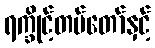
ရက္ခိုင့်တပ်တော်နှင့်